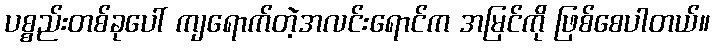
ပစ္စည်းတစ်ခုပေါ် ကျရောက်တဲ့အလင်းရောင်က အမြင်ကို ဖြစ်စေပါတယ်။